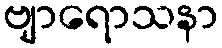
ဗျာရောသနာ